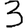
Digit: 3